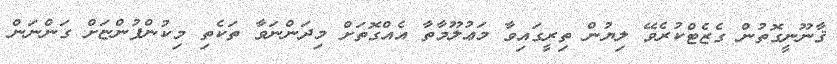
ޤާނޫނީގޮތުން ގެޒެޓްކުރެވޭ ލިޔުން ތިރީގައިވާ މަޢުލޫމާތާ އެއްގޮތަށް މިދަންނަވާ ތަކެތި މިކުންފުންޏަށް ގަންނަން